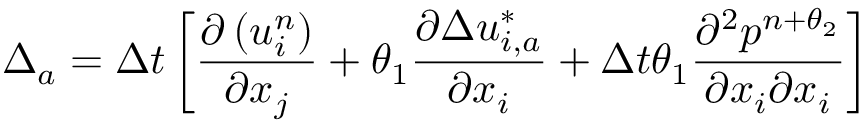
\Delta _ { a } = \Delta t \left[ \frac { \partial \left( u _ { i } ^ { n } \right) } { \partial { { x } _ { j } } } + { { \theta } _ { 1 } } \frac { \partial \Delta u _ { i , a } ^ { * } } { \partial { { x } _ { i } } } + \Delta t { { \theta } _ { 1 } } \frac { { { \partial } ^ { 2 } } { { p } ^ { n + { { \theta } _ { 2 } } } } } { \partial { { x } _ { i } } \partial { { x } _ { i } } } \right]